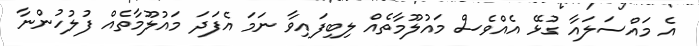
އެ މައްސަލައާ ގުޅޭ އެއްވެސް މައުލޫމާތެއް ލިބިފައިވާ ނަމަ އެފަދަ މައުލޫމާތެއް ފުލުހުންނާ